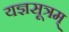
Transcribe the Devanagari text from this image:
यज्ञसूत्रम्